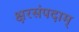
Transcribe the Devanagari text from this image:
क्षरसंपदाम्